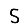
Digit: 5